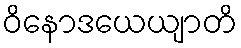
ဝိနောဒယေယျာတိ